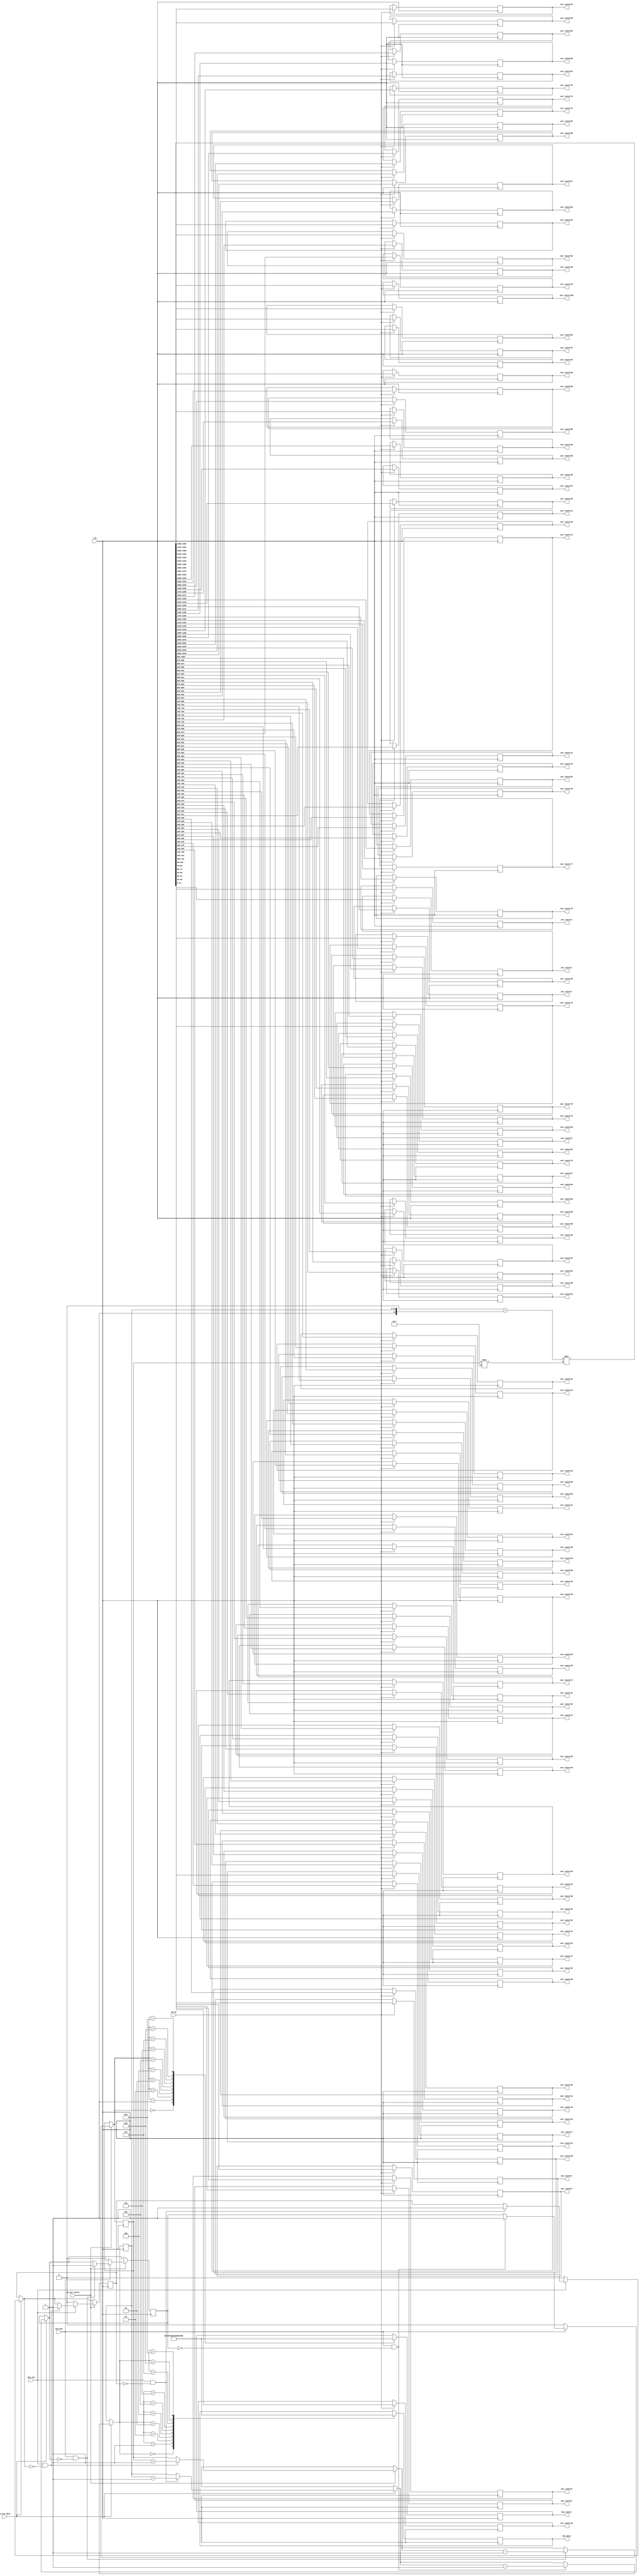
`define N 8		/*        */
`define N2 15   /*       - 1     K*2      (      )*/
`define K 7		//  1   N
`define BIT 7	//         ,  25   5

module select_data_100(
	clk,
	sw_on,			//       
	sw_sel_data,	//   
	sw_sel_router,	//       
	key_inc,			//   
	key_dec,			//   
	
	out_router1,	//     .
	out_router2,	//        
	out_router3,
	out_router4,
	out_router5,
	out_router6,
	out_router7,
	out_router8,
	out_router9,
	out_router10,
	out_router11,
	out_router12,
	out_router13,
	out_router14,
	out_router15,
	out_router16,
	out_router17,
	out_router18,
	out_router19,
	out_router20,
	out_router21,
	out_router22,
	out_router23,
	out_router24,
	out_router25,
	out_router26,
	out_router27,
	out_router28,
	out_router29,
	out_router30,
	out_router31,
	out_router32,
	out_router33,
	out_router34,
	out_router35,
	out_router36,
	out_router37,
	out_router38,
	out_router39,
	out_router40,
	out_router41,
	out_router42,
	out_router43,
	out_router44,
	out_router45,
	out_router46,
	out_router47,
	out_router48,
	out_router49,
	out_router50,
	out_router51,
	out_router52,
	out_router53,
	out_router54,
	out_router55,
	out_router56,
	out_router57,
	out_router58,
	out_router59,
	out_router60,
	out_router61,
	out_router62,
	out_router63,
	out_router64,
	out_router65,
	out_router66,
	out_router67,
	out_router68,
	out_router69,
	out_router70,
	out_router71,
	out_router72,
	out_router73,
	out_router74,
	out_router75,
	out_router76,
	out_router77,
	out_router78,
	out_router79,
	out_router80,
	out_router81,
	out_router82,
	out_router83,
	out_router84,
	out_router85,
	out_router86,
	out_router87,
	out_router88,
	out_router89,
	out_router90,
	out_router91,
	out_router92,
	out_router93,
	out_router94,
	out_router95,
	out_router96,
	out_router97,
	out_router98,
	out_router99,
	out_router100,
	
	
	hex_data,
	hex_router
	
);
	input clk;
	input sw_on;
	input sw_sel_data;
	input sw_sel_router;
	input key_inc;
	input key_dec;
	
	output reg[`N2-1:0] out_router1;
	output reg[`N2-1:0] out_router2;
	output reg[`N2-1:0] out_router3;
	output reg[`N2-1:0] out_router4;
	output reg[`N2-1:0] out_router5;
	output reg[`N2-1:0] out_router6;
	output reg[`N2-1:0] out_router7;
	output reg[`N2-1:0] out_router8;
	output reg[`N2-1:0] out_router9;
	output reg[`N2-1:0] out_router10;
	output reg[`N2-1:0] out_router11;
	output reg[`N2-1:0] out_router12;
	output reg[`N2-1:0] out_router13;
	output reg[`N2-1:0] out_router14;
	output reg[`N2-1:0] out_router15;
	output reg[`N2-1:0] out_router16;
	output reg[`N2-1:0] out_router17;
	output reg[`N2-1:0] out_router18;
	output reg[`N2-1:0] out_router19;
	output reg[`N2-1:0] out_router20;
	output reg[`N2-1:0] out_router21;
	output reg[`N2-1:0] out_router22;
	output reg[`N2-1:0] out_router23;
	output reg[`N2-1:0] out_router24;
	output reg[`N2-1:0] out_router25;
	output reg[`N2-1:0] out_router26;
	output reg[`N2-1:0] out_router27;
	output reg[`N2-1:0] out_router28;
	output reg[`N2-1:0] out_router29;
	output reg[`N2-1:0] out_router30;
	output reg[`N2-1:0] out_router31;
	output reg[`N2-1:0] out_router32;
	output reg[`N2-1:0] out_router33;
	output reg[`N2-1:0] out_router34;
	output reg[`N2-1:0] out_router35;
	output reg[`N2-1:0] out_router36;
	output reg[`N2-1:0] out_router37;
	output reg[`N2-1:0] out_router38;
	output reg[`N2-1:0] out_router39;
	output reg[`N2-1:0] out_router40;
	output reg[`N2-1:0] out_router41;
	output reg[`N2-1:0] out_router42;
	output reg[`N2-1:0] out_router43;
	output reg[`N2-1:0] out_router44;
	output reg[`N2-1:0] out_router45;
	output reg[`N2-1:0] out_router46;
	output reg[`N2-1:0] out_router47;
	output reg[`N2-1:0] out_router48;
	output reg[`N2-1:0] out_router49;
	output reg[`N2-1:0] out_router50;
	output reg[`N2-1:0] out_router51;
	output reg[`N2-1:0] out_router52;
	output reg[`N2-1:0] out_router53;
	output reg[`N2-1:0] out_router54;
	output reg[`N2-1:0] out_router55;
	output reg[`N2-1:0] out_router56;
	output reg[`N2-1:0] out_router57;
	output reg[`N2-1:0] out_router58;
	output reg[`N2-1:0] out_router59;
	output reg[`N2-1:0] out_router60;
	output reg[`N2-1:0] out_router61;
	output reg[`N2-1:0] out_router62;
	output reg[`N2-1:0] out_router63;
	output reg[`N2-1:0] out_router64;
	output reg[`N2-1:0] out_router65;
	output reg[`N2-1:0] out_router66;
	output reg[`N2-1:0] out_router67;
	output reg[`N2-1:0] out_router68;
	output reg[`N2-1:0] out_router69;
	output reg[`N2-1:0] out_router70;
	output reg[`N2-1:0] out_router71;
	output reg[`N2-1:0] out_router72;
	output reg[`N2-1:0] out_router73;
	output reg[`N2-1:0] out_router74;
	output reg[`N2-1:0] out_router75;
	output reg[`N2-1:0] out_router76;
	output reg[`N2-1:0] out_router77;
	output reg[`N2-1:0] out_router78;
	output reg[`N2-1:0] out_router79;
	output reg[`N2-1:0] out_router80;
	output reg[`N2-1:0] out_router81;
	output reg[`N2 - 1:0] out_router82;
	output reg[`N2 - 1:0] out_router83;
	output reg[`N2 - 1:0] out_router84;
	output reg[`N2 - 1:0] out_router85;
	output reg[`N2 - 1:0] out_router86;
	output reg[`N2 - 1:0] out_router87;
	output reg[`N2 - 1:0] out_router88;
	output reg[`N2 - 1:0] out_router89;
	output reg[`N2 - 1:0] out_router90;
	output reg[`N2 - 1:0] out_router91;
	output reg[`N2 - 1:0] out_router92;
	output reg[`N2 - 1:0] out_router93;
	output reg[`N2 - 1:0] out_router94;
	output reg[`N2 - 1:0] out_router95;
	output reg[`N2 - 1:0] out_router96;
	output reg[`N2 - 1:0] out_router97;
	output reg[`N2 - 1:0] out_router98;
	output reg[`N2 - 1:0] out_router99;
	output reg[`N2 - 1:0] out_router100;
	
	output reg[6:0] hex_data;
	output reg[6:0] hex_router;
	
	reg[`N2-2:0] data = `K'b00000;
	reg[`N2-2:0] router = `BIT'b00000;
	reg flag_key_inc = 1'b0;
	reg flag_key_dec = 1'b0;
	
	reg[1499:0] out_to_router;  //    N*  
	
	always@(posedge clk)
	begin
		if(sw_on == 1'b1)
		begin
			out_to_router = (1500'b0 + {1'b1, data}) << router*`N2;
			
			out_router1 = out_to_router[14:0];
out_router2 = out_to_router[29:15];
out_router3 = out_to_router[44:30];
out_router4 = out_to_router[59:45];
out_router5 = out_to_router[74:60];
out_router6 = out_to_router[89:75];
out_router7 = out_to_router[104:90];
out_router8 = out_to_router[119:105];
out_router9 = out_to_router[134:120];
out_router10 = out_to_router[149:135];
out_router11 = out_to_router[164:150];
out_router12 = out_to_router[179:165];
out_router13 = out_to_router[194:180];
out_router14 = out_to_router[209:195];
out_router15 = out_to_router[224:210];
out_router16 = out_to_router[239:225];
out_router17 = out_to_router[254:240];
out_router18 = out_to_router[269:255];
out_router19 = out_to_router[284:270];
out_router20 = out_to_router[299:285];
out_router21 = out_to_router[314:300];
out_router22 = out_to_router[329:315];
out_router23 = out_to_router[344:330];
out_router24 = out_to_router[359:345];
out_router25 = out_to_router[374:360];
out_router26 = out_to_router[389:375];
out_router27 = out_to_router[404:390];
out_router28 = out_to_router[419:405];
out_router29 = out_to_router[434:420];
out_router30 = out_to_router[449:435];
out_router31 = out_to_router[464:450];
out_router32 = out_to_router[479:465];
out_router33 = out_to_router[494:480];
out_router34 = out_to_router[509:495];
out_router35 = out_to_router[524:510];
out_router36 = out_to_router[539:525];
out_router37 = out_to_router[554:540];
out_router38 = out_to_router[569:555];
out_router39 = out_to_router[584:570];
out_router40 = out_to_router[599:585];
out_router41 = out_to_router[614:600];
out_router42 = out_to_router[629:615];
out_router43 = out_to_router[644:630];
out_router44 = out_to_router[659:645];
out_router45 = out_to_router[674:660];
out_router46 = out_to_router[689:675];
out_router47 = out_to_router[704:690];
out_router48 = out_to_router[719:705];
out_router49 = out_to_router[734:720];
out_router50 = out_to_router[749:735];
out_router51 = out_to_router[764:750];
out_router52 = out_to_router[779:765];
out_router53 = out_to_router[794:780];
out_router54 = out_to_router[809:795];
out_router55 = out_to_router[824:810];
out_router56 = out_to_router[839:825];
out_router57 = out_to_router[854:840];
out_router58 = out_to_router[869:855];
out_router59 = out_to_router[884:870];
out_router60 = out_to_router[899:885];
out_router61 = out_to_router[914:900];
out_router62 = out_to_router[929:915];
out_router63 = out_to_router[944:930];
out_router64 = out_to_router[959:945];
out_router65 = out_to_router[974:960];
out_router66 = out_to_router[989:975];
out_router67 = out_to_router[1004:990];
out_router68 = out_to_router[1019:1005];
out_router69 = out_to_router[1034:1020];
out_router70 = out_to_router[1049:1035];
out_router71 = out_to_router[1064:1050];
out_router72 = out_to_router[1079:1065];
out_router73 = out_to_router[1094:1080];
out_router74 = out_to_router[1109:1095];
out_router75 = out_to_router[1124:1110];
out_router76 = out_to_router[1139:1125];
out_router77 = out_to_router[1154:1140];
out_router78 = out_to_router[1169:1155];
out_router79 = out_to_router[1184:1170];
out_router80 = out_to_router[1199:1185];
out_router81 = out_to_router[1214:1200];
out_router82 = out_to_router[1229:1215];
			out_router83 = out_to_router[1244:1230];
			out_router84 = out_to_router[1259:1245];
			out_router85 = out_to_router[1274:1260];
			out_router86 = out_to_router[1289:1275];
			out_router87 = out_to_router[1304:1290];
			out_router88 = out_to_router[1319:1305];
			out_router89 = out_to_router[1334:1320];
			out_router90 = out_to_router[1349:1335];
			out_router91 = out_to_router[1364:1350];
			out_router92 = out_to_router[1379:1365];
			out_router93 = out_to_router[1394:1380];
			out_router94 = out_to_router[1409:1395];
			out_router95 = out_to_router[1424:1410];
			out_router96 = out_to_router[1439:1425];
			out_router97 = out_to_router[1454:1440];
			out_router98 = out_to_router[1469:1455];
			out_router99 = out_to_router[1484:1470];
			out_router100 = out_to_router[1499:1485];






		end
		else
		begin
			out_to_router = 1500'b0;
		end
		
		if(sw_sel_data == 1'b1)
		begin
			if(key_inc == 1'b1 && flag_key_inc == 1'b0)
			begin
				data = data + 1'b1;
				flag_key_inc = 1'b1;
			end
			if(key_inc == 1'b0)
			begin
				flag_key_inc = 1'b0;
			end
			if(key_dec == 1'b1 && flag_key_dec == 1'b0)
			begin
				data = data - 1'b1;
				flag_key_dec = 1'b1;
			end
			if(key_dec == 1'b0)
			begin
				flag_key_dec = 1'b0;
			end
		end
		
		if(sw_sel_router == 1'b1)
		begin
			if(key_inc == 1'b1 && flag_key_inc == 1'b0)
			begin
				router = router + 1'b1;
				flag_key_inc = 1'b1;
			end
			if(key_inc == 1'b0)
			begin
				flag_key_inc = 1'b0;
			end
			if(key_dec == 1'b1 && flag_key_dec == 1'b0)
			begin
				router = router - 1'b1;
				flag_key_dec = 1'b1;
			end
			if(key_dec == 1'b0)
			begin
				flag_key_dec = 1'b0;
			end
		end

//================================================================================
//================================================================================
		case(data)
			5'b00000:
				hex_data = ~7'b1111110;		//0
			5'b00001:
				hex_data = ~7'b0110000;		//1
			5'b00010:
				hex_data = ~7'b1101101;		//2
			5'b00011:
				hex_data = ~7'b1111001;		//3
			5'b00100:
				hex_data = ~7'b0110011;		//4
			5'b00101:
				hex_data = ~7'b1011011;		//5
			5'b00110:
				hex_data = ~7'b1011111;		//6
			5'b00111:
				hex_data = ~7'b1110000;		//7
			5'b01000:
				hex_data = ~7'b1111111;		//8
			5'b01001:
				hex_data = ~7'b1111011;		//9
		endcase
		
		case(router)
			5'b00000:
				hex_router = ~7'b1111110;	//0
			5'b00001:
				hex_router = ~7'b0110000;	//1
			5'b00010:
				hex_router = ~7'b1101101;	//2
			5'b00011:
				hex_router = ~7'b1111001;	//3
			5'b00100:
				hex_router = ~7'b0110011;	//4
			5'b00101:
				hex_router = ~7'b1011011;	//5
			5'b00110:
				hex_router = ~7'b1011111;	//6
			5'b00111:
				hex_router = ~7'b1110000;	//7
			5'b01000:
				hex_router = ~7'b1111111;	//8
			5'b01001:
				hex_router = ~7'b1111011;	//9
		endcase
	end
	
endmodule